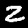
Digit: 2